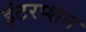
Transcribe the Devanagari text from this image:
इंटरप्शन